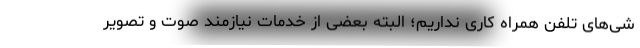
شی‌های تلفن همراه کاری نداریم؛ البته بعضی از خدمات نیازمند صوت و تصویر